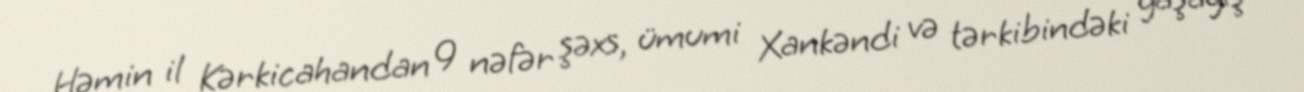
Həmin il Kərkicahandan 9 nəfər şəxs, ümumi Xankəndi və tərkibindəki yaşayış